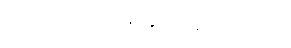
ကုသသင်္ကမနဝတ္ထုကထာ